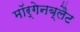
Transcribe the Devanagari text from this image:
मॉर्गेनब्लैट